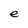
Character: e